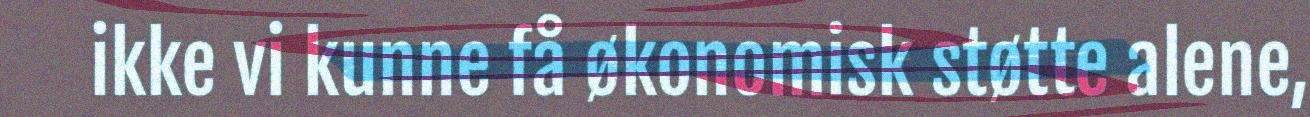
ikke vi kunne få økonomisk støtte alene,